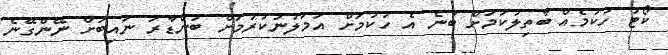
ކޯޓު ހުކުމެއް ބާތިލުކަމަށް ބުނެ އެ ހުކުމަށް އަމަލުނުކުރުމަށް ބަންޑާރަ ނައިބަށް ނޭންގޭނެ